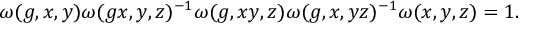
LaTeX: \omega ( g , x , y ) \omega ( g x , y , z ) ^ { - 1 } \omega ( g , x y , z ) \omega ( g , x , y z ) ^ { - 1 } \omega ( x , y , z ) = 1 .